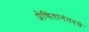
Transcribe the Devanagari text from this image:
प्रेषितानंतरचे